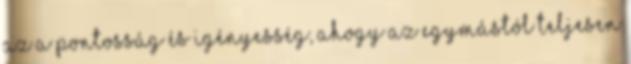
az a pontosság és igényesség, ahogy az egymástól teljesen